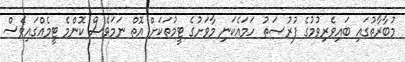
މުބާރާތުގައި ބައިވެރިވުމުގެ ފުރުޞަތު ހަމައެކަނި މާވަށުގެ ޓީމުތަކަށް އޮތް ނަމަވެސް ކޮންމެ ޓީމެއްގައިވެސް